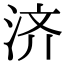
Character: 济